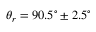
\theta _ { r } = 9 0 . 5 ^ { \circ } \pm 2 . 5 ^ { \circ }